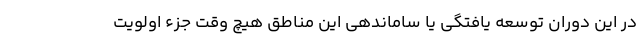
در این دوران توسعه یافتگی یا ساماندهی این مناطق هیچ وقت جزء اولویت